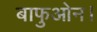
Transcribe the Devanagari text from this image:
बाफुओन।